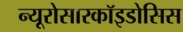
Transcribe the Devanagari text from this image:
न्यूरोसारकॉइडोसिस